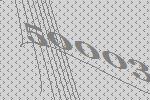
50003